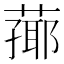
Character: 𦻚